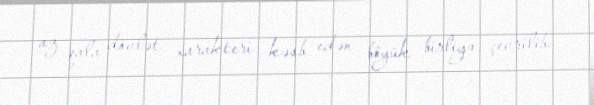
az qala dövlət xarakteri kəsb edən böyük birliyə çevrilib.